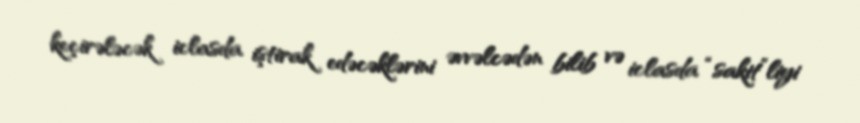
keçirələcək iclasda iştirak edəcəklərini əvvəlcədən bilib və iclasda “sakit”liyi